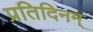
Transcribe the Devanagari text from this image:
प्रतिदिनम्‌